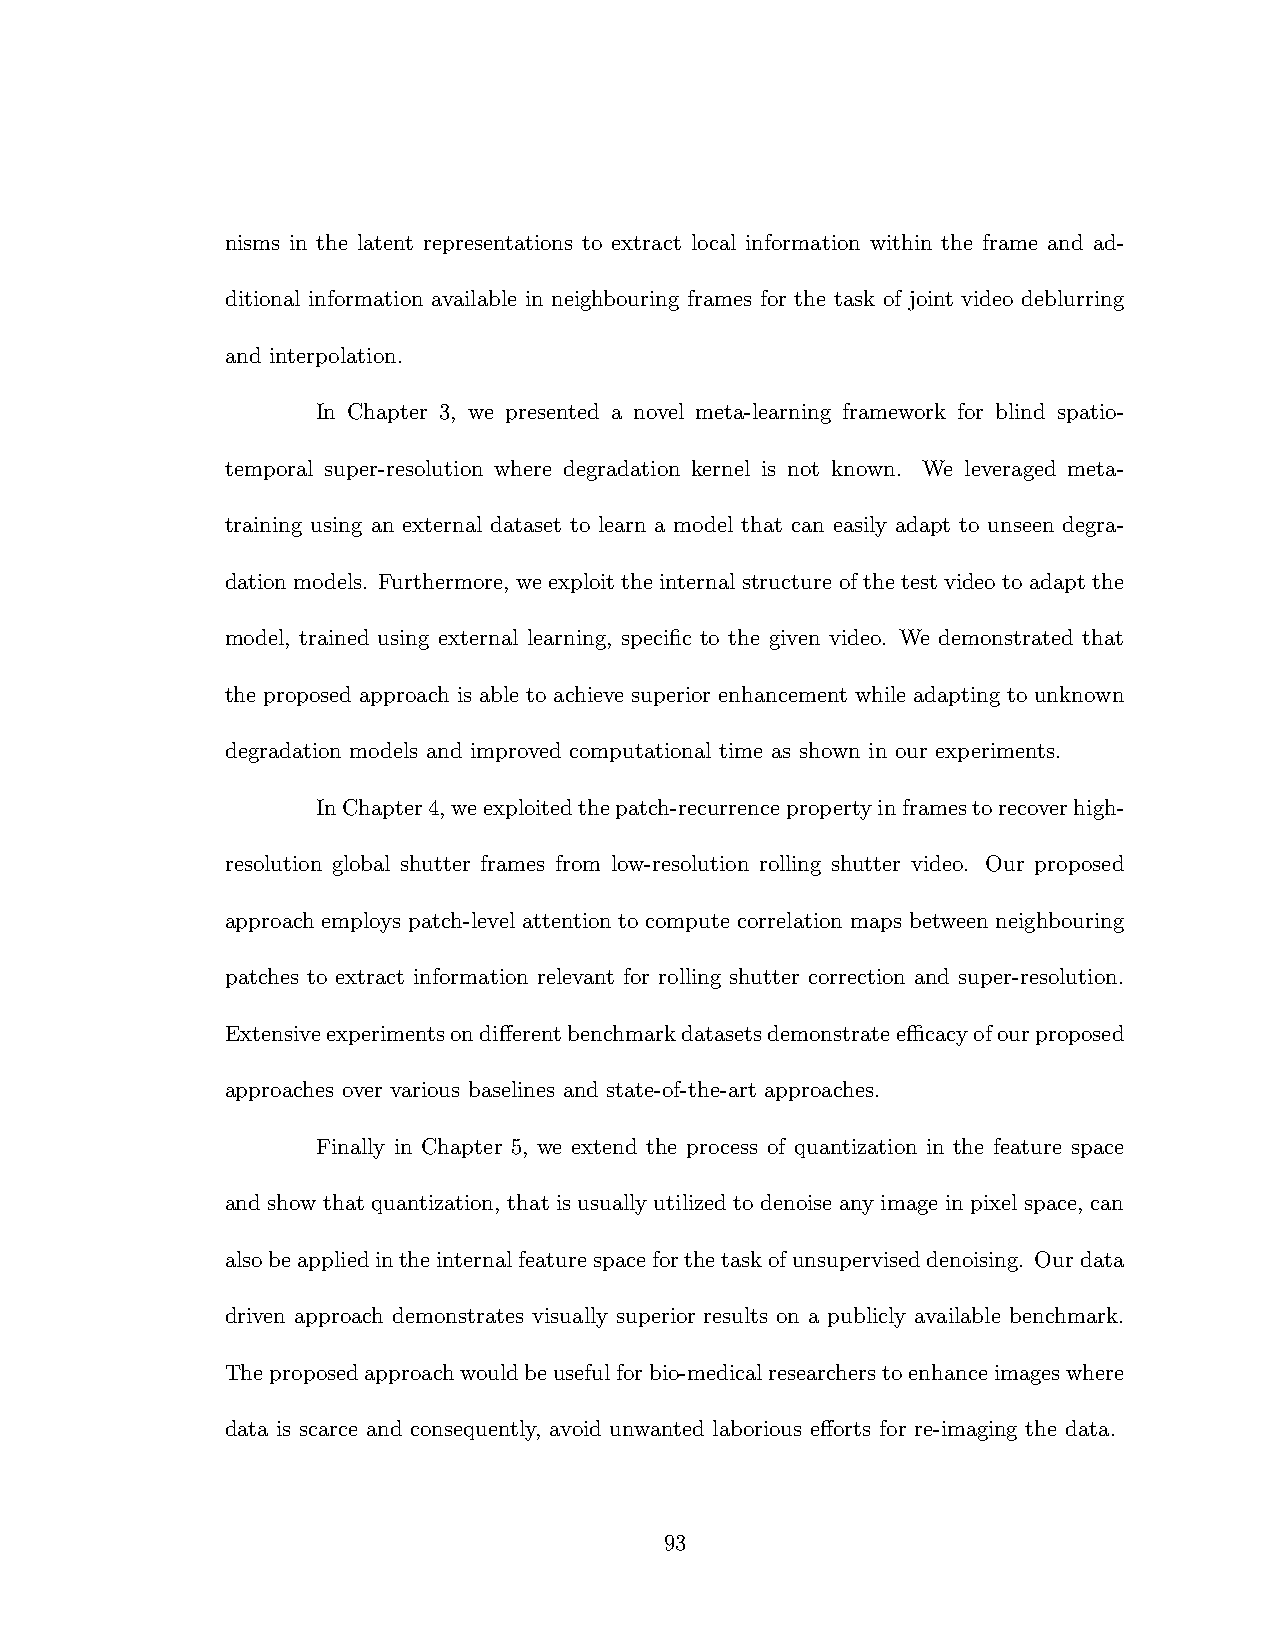
nisms in the latent representations to extract local information within the frame and ad-
 ditional information available in neighbouring frames for the task of joint video deblurring
 and interpolation.
 In Chapter 3, we presented a novel meta-learning framework for blind spatio-
 temporal super-resolution where degradation kernel is not known. We leveraged meta-
 training using an external dataset to learn a model that can easily adapt to unseen degra-
 dation models. Furthermore, we exploit the internal structure of the test video to adapt the
 model, trained using external learning, specific to the given video. We demonstrated that
 the proposed approach is able to achieve superior enhancement while adapting to unknown
 degradation models and improved computational time as shown in our experiments.
 InChapter4,weexploitedthepatch-recurrencepropertyinframestorecoverhigh-
 resolution global shutter frames from low-resolution rolling shutter video. Our proposed
 approach employs patch-level attention to compute correlation maps between neighbouring
 patches to extract information relevant for rolling shutter correction and super-resolution.
 Extensiveexperimentsondifferentbenchmarkdatasetsdemonstrateefficacyofourproposed
 approaches over various baselines and state-of-the-art approaches.
 Finally in Chapter 5, we extend the process of quantization in the feature space
 and show that quantization, that is usually utilized to denoise any image in pixel space, can
 alsobeappliedintheinternalfeaturespaceforthetaskofunsuperviseddenoising. Ourdata
 driven approach demonstrates visually superior results on a publicly available benchmark.
 Theproposedapproachwouldbeusefulforbio-medicalresearcherstoenhanceimageswhere
 data is scarce and consequently, avoid unwanted laborious efforts for re-imaging the data.
 93